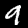
Label: 9